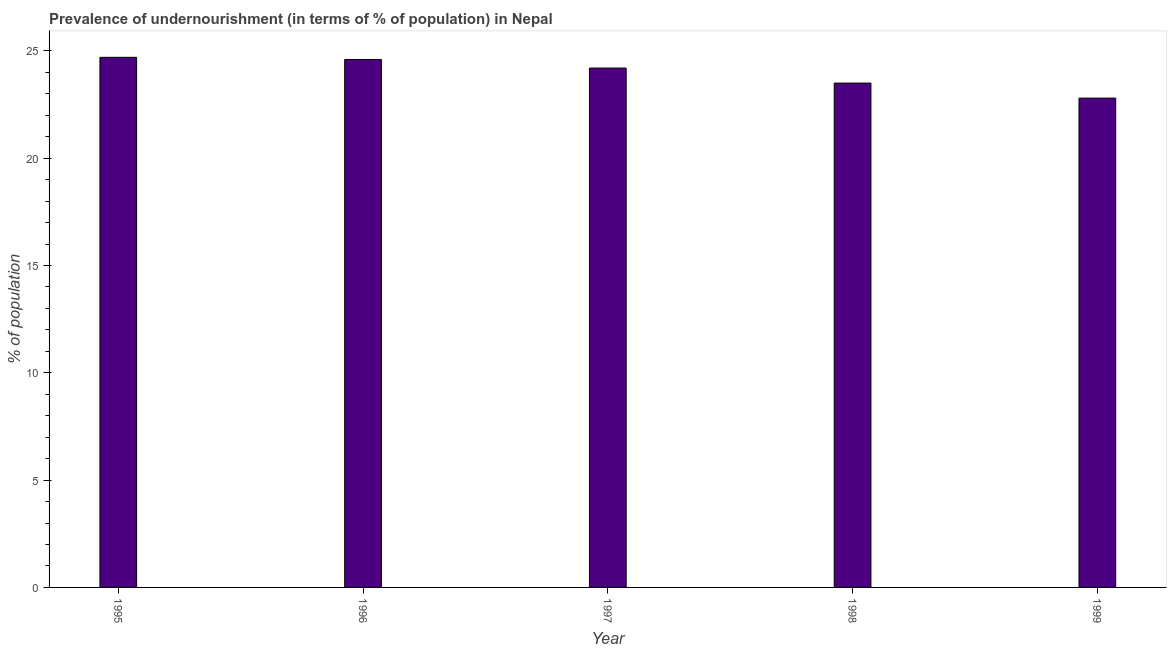
| Year | Prevalence of undernourishment |
 | --- | --- |
 | 1995 | 24.7 |
 | 1996 | 24.6 |
 | 1997 | 24.2 |
 | 1998 | 23.5 |
 | 1999 | 22.8 |